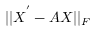
| | \boldsymbol { X } ^ { ' } - \boldsymbol { A X } | | _ { F }